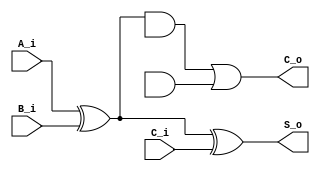
module full_adder (
    input   A_i,
    input   B_i,
    input   C_i,
    output  S_o,
    output  C_o
);

    assign  S_o = A_i ^ B_i ^ C_i;
    assign  C_o = ((A_i ^ B_i) & C) | (A & B);

endmodule